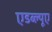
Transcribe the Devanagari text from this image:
एडब्ल्यूए